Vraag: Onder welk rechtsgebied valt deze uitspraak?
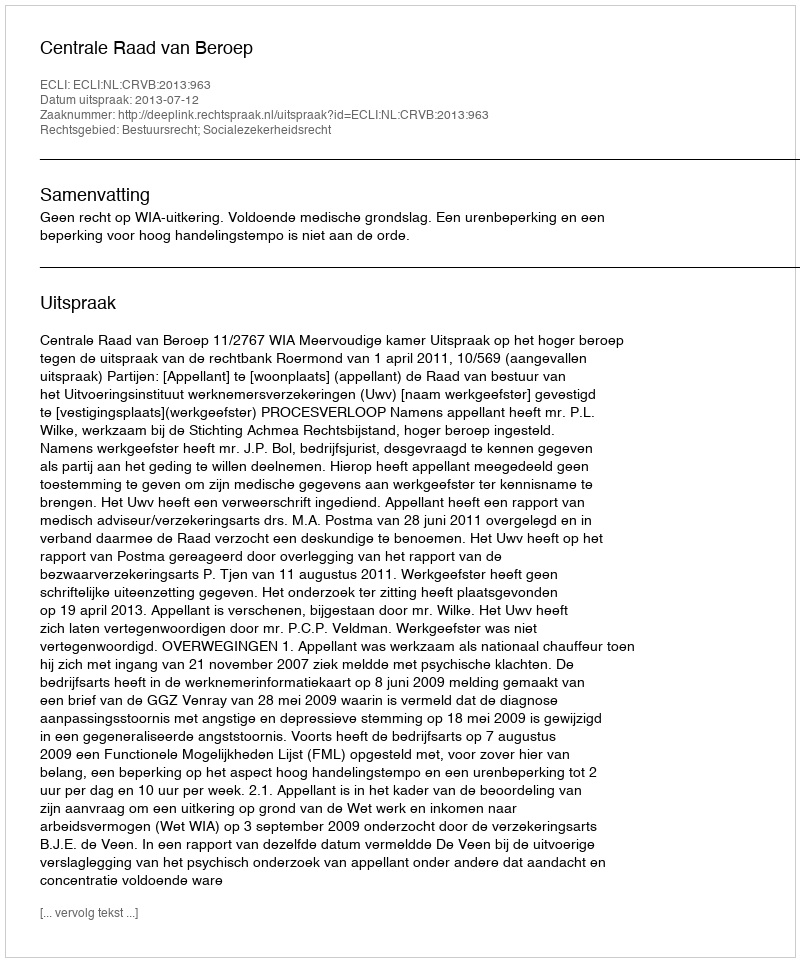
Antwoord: Bestuursrecht; Socialezekerheidsrecht